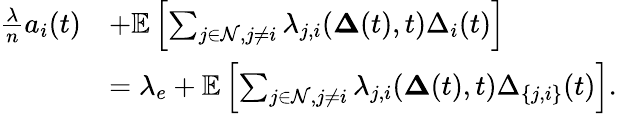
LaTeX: \begin{array}{rl}{\frac{\lambda}{n}a_{i}(t)}&{+\mathbb{E}\left[\sum_{j\in\mathcal{N},j\neq i}\lambda_{j,i}(\mathbf{\Delta}(t),t)\Delta_{i}(t)\right]}\\ &{=\lambda_{e}+\mathbb{E}\left[\sum_{j\in\mathcal{N},j\neq i}\lambda_{j,i}(\mathbf{\Delta}(t),t)\Delta_{\{ j,i\} }(t)\right].}\end{array}